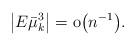
LaTeX: \begin{align*} \bigl|E\bar{\mu}_k^3\bigr|=\mathrm{o}\bigl(n^{-1}\bigr).\end{align*}